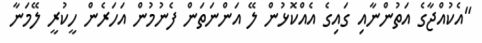
"އެކުއްޖާގެ އަތުންނާއި ގައިގެ އެއްކޮޅުން ލޭ އަންނަތަން ފެނުމުން އަހަރެން ހީކުރީ ލޭމަނާ